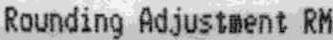
ROUNDING ADJUSTMENT RM